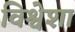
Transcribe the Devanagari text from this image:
विश्वेशा